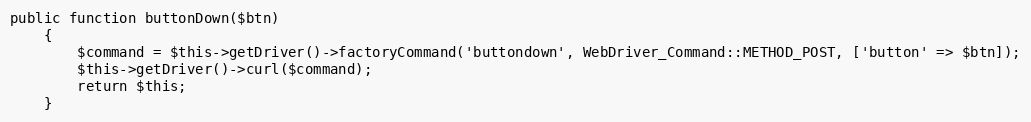
Language: PHP
public function buttonDown($btn)
    {
        $command = $this->getDriver()->factoryCommand('buttondown', WebDriver_Command::METHOD_POST, ['button' => $btn]);
        $this->getDriver()->curl($command);
        return $this;
    }